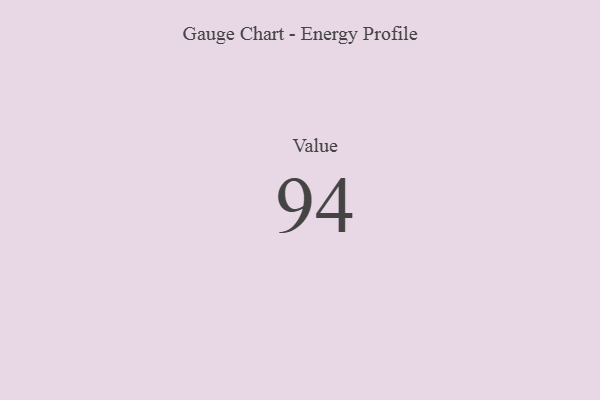
{"axis": {"x": "Metric", "y": "Value"}, "legend": [""], "data": [{"x": "Value", "y": 94, "type": ""}]}